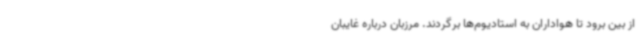
از بین برود تا هواداران به استادیوم‌ها برگردند. مرزبان درباره غایبان